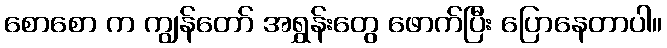
စောစော က ကျွန်တော် အရွှန်းတွေ ဖောက်ပြီး ပြောနေတာပါ။